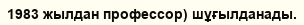
1983 жылдан профессор) шұғылданады.